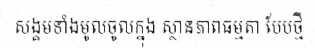
សង្គមទាំងមូលចូលក្នុង ស្ថានភាពធម្មតា បែបថ្មី